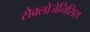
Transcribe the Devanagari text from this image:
सैक्लोजेनिसिस